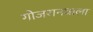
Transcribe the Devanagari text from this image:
गोजरानवाला